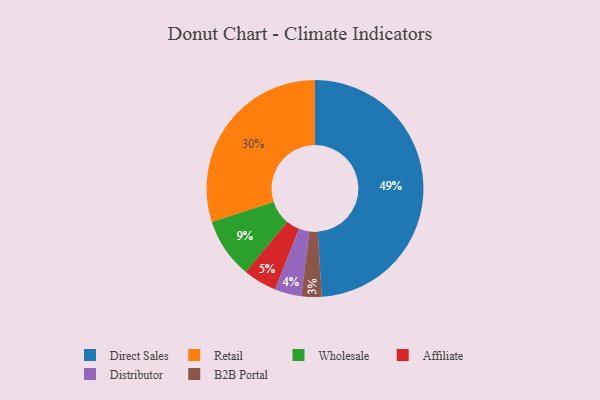
{"axis": {"x": "Category", "y": "Percentage"}, "legend": ["Affiliate", "B2B Portal", "Direct Sales", "Distributor", "Retail", "Wholesale"], "data": [{"x": "Retail", "y": 30, "type": "Retail"}, {"x": "Wholesale", "y": 9, "type": "Wholesale"}, {"x": "B2B Portal", "y": 3, "type": "B2B Portal"}, {"x": "Distributor", "y": 4, "type": "Distributor"}, {"x": "Affiliate", "y": 5, "type": "Affiliate"}, {"x": "Direct Sales", "y": 49, "type": "Direct Sales"}]}